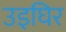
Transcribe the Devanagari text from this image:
उइघिर